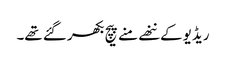
ریڈیو کے ننھے منے پیچ بکھر گئے تھے۔